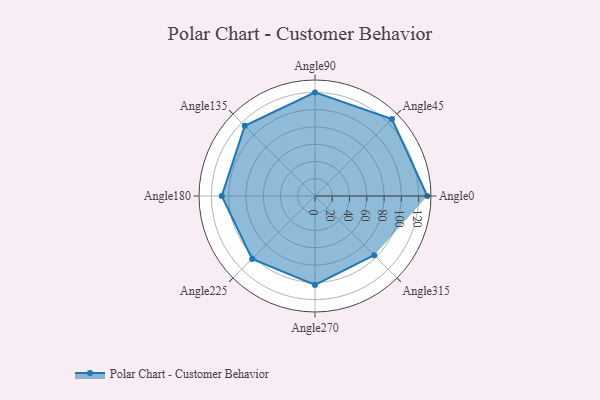
{"axis": {"x": "Angle", "y": "Radius"}, "legend": [""], "data": [{"x": "Angle0", "y": 130.0, "type": ""}, {"x": "Angle45", "y": 126.0, "type": ""}, {"x": "Angle90", "y": 120.0, "type": ""}, {"x": "Angle135", "y": 115.0, "type": ""}, {"x": "Angle180", "y": 108.0, "type": ""}, {"x": "Angle225", "y": 103.0, "type": ""}, {"x": "Angle270", "y": 103.0, "type": ""}, {"x": "Angle315", "y": 97.0, "type": ""}]}